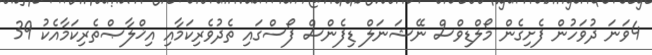
4ވަނަ ދުވަހުން ފެށިގެން މޯލްޑިވްސް ނޭޝަނަލް ޑިފެންސް ފޯސްގައި ތެދުވެރިކަމާއި އިޚްލާޞްތެރިކަމާއެކު 39